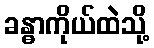
ခန္ဓာကိုယ်ထဲသို့